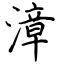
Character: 漳